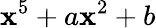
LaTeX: \mathbf{x}^{5}+a\mathbf{x}^{2}+b